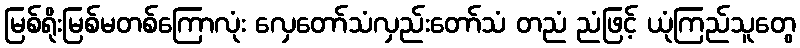
မြစ်ရိုးမြစ်မတစ်ကြောလုံး လှေတော်သံလှည်းတော်သံ တညံ ညံဖြင့် ယုံကြည်သူတွေ